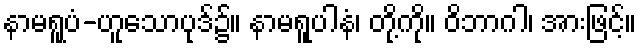
နာမရူပံ-ဟူသောပုဒ်၌။ နာမရူပါနံ၊ တို့ကို။ ဝိဘာဂါ၊ အားဖြင့်။